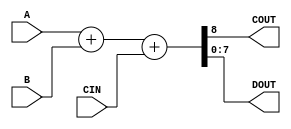
module ADDER8B(A,B,CIN,COUT,DOUT);
	output[7:0] DOUT;
	output COUT;
	input[7:0] A,B;
	input CIN;
	wire[8:0] DATA;
	assign DATA = A+B +CIN;
	assign COUT = DATA[8];
	assign DOUT = DATA[7:0];
endmodule